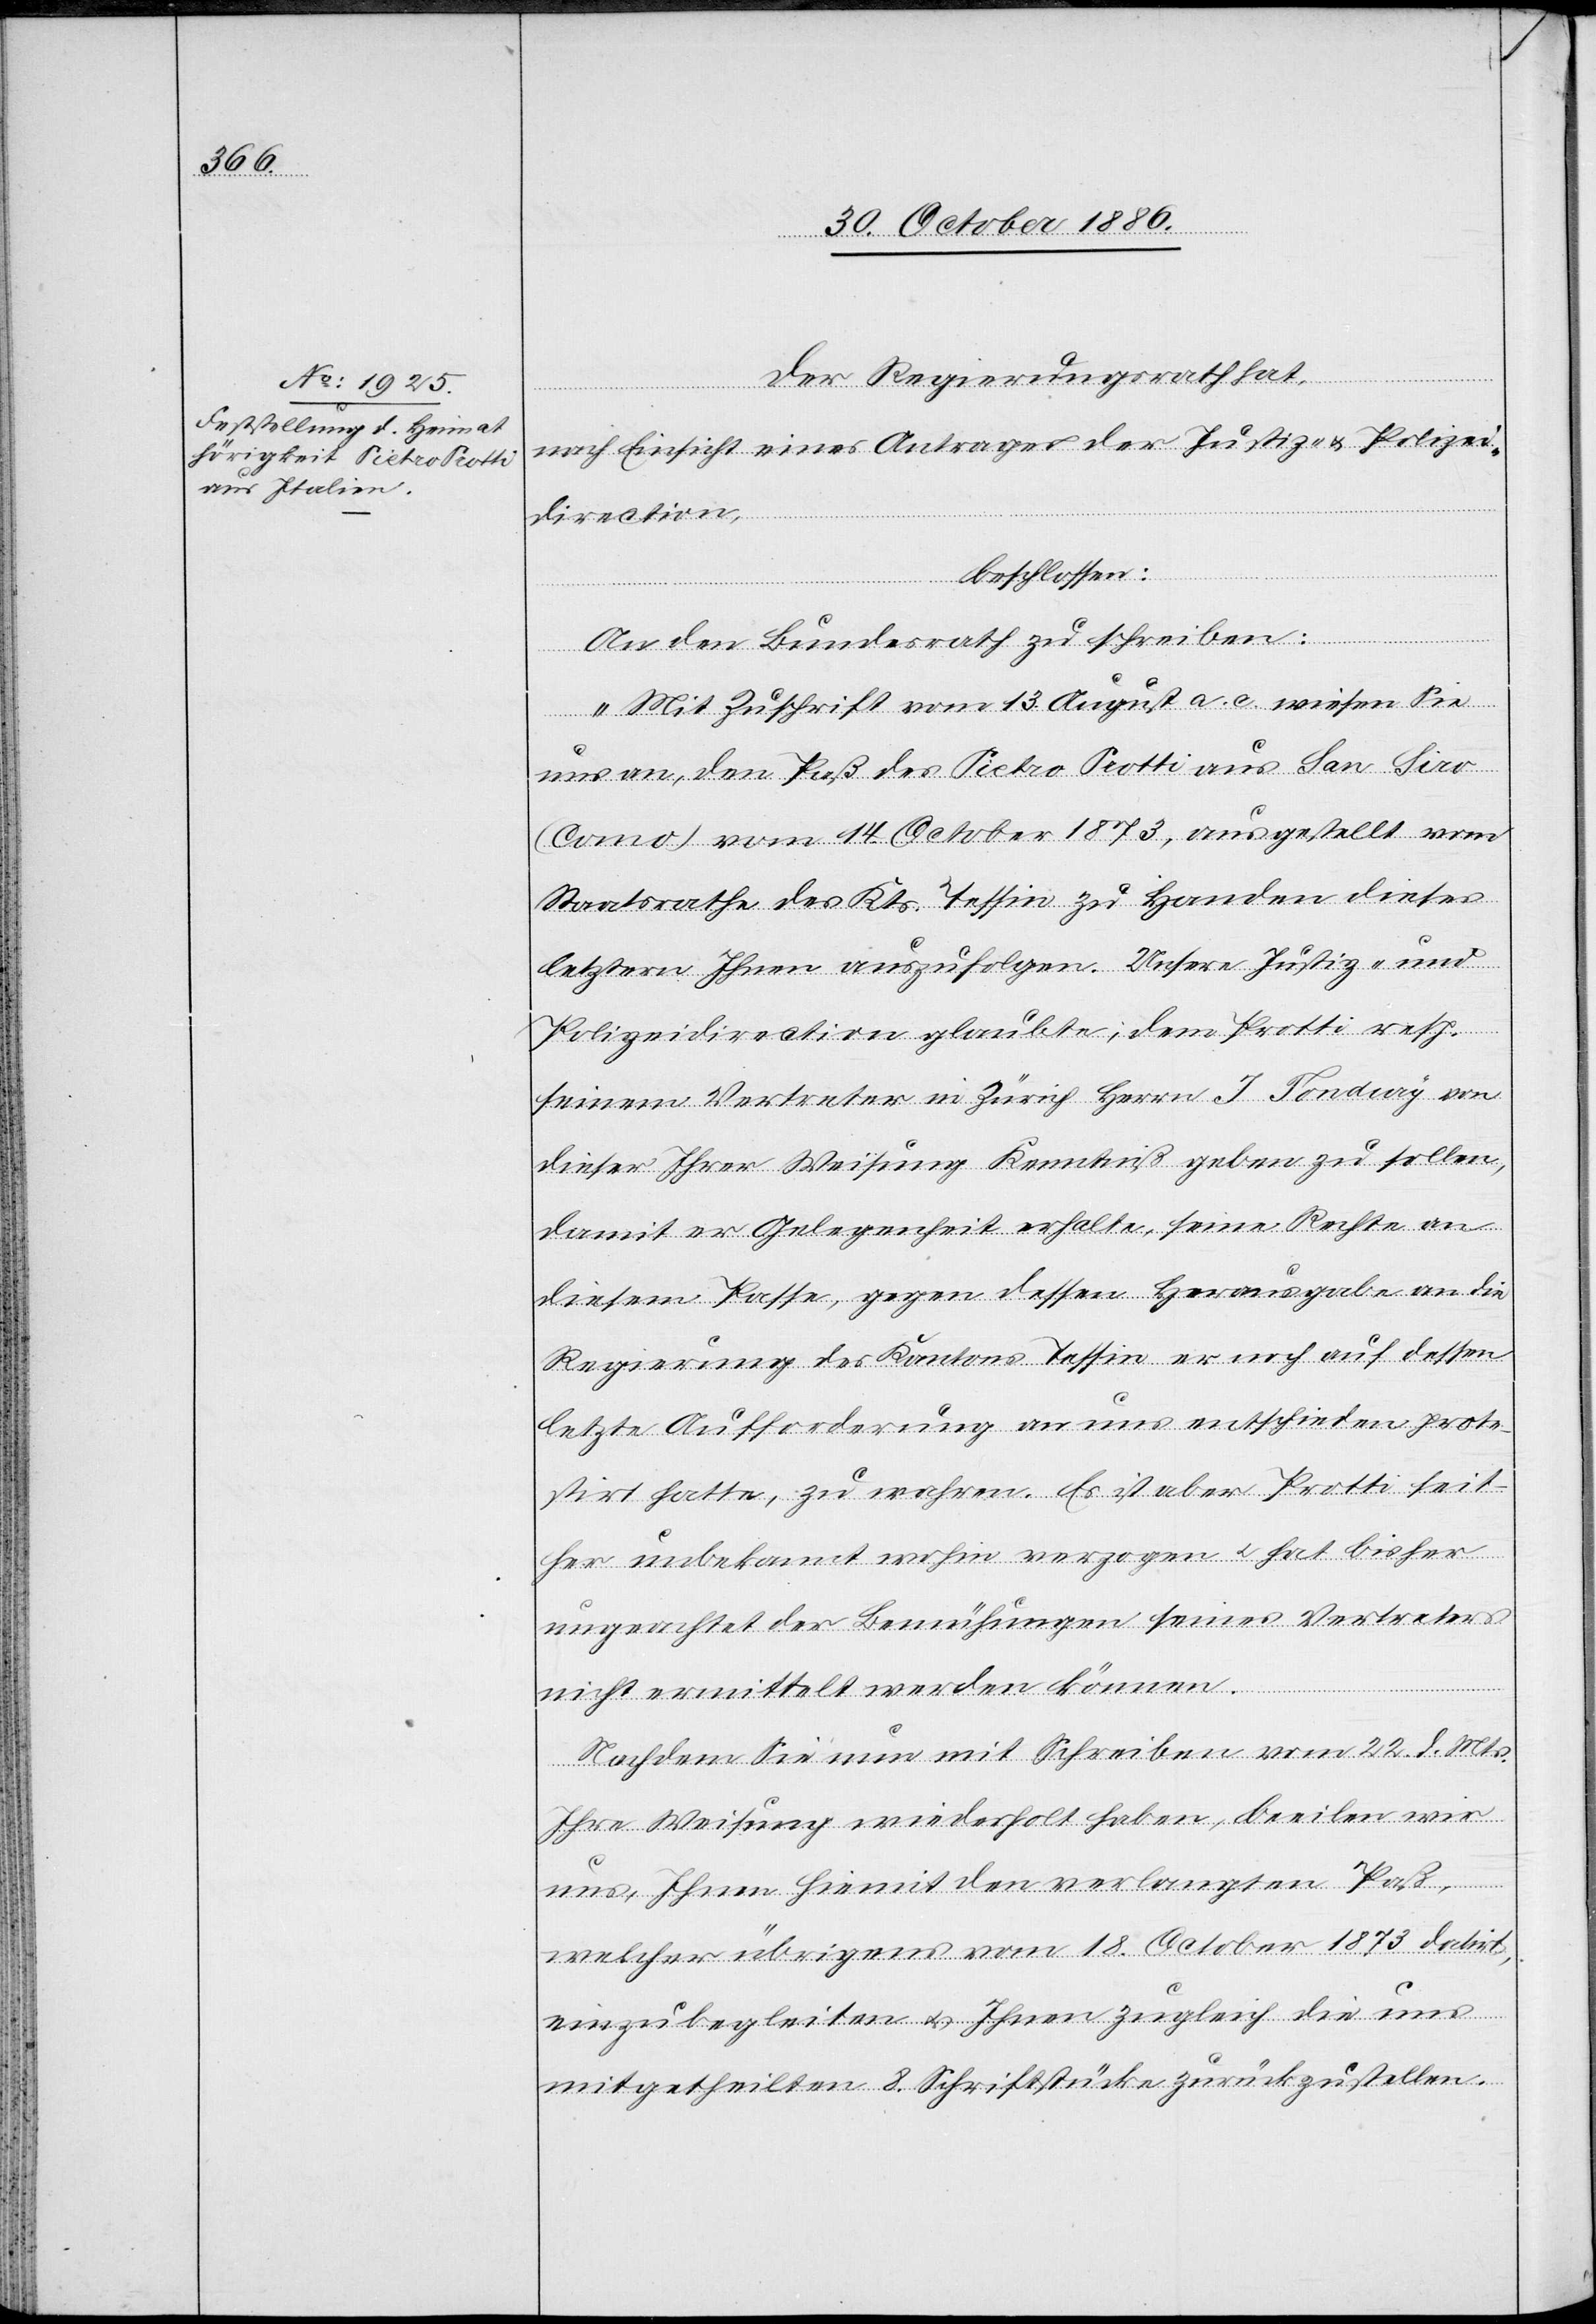
Der Regierungsrath hat,
nach Einsicht eines Antrages der Justiz- & Polizei¬
direction,
beschlossen:
An den Bundesrath zu schreiben:
„Mit Zuschrift vom 13. August a. c. wiesen Sie
uns an, den Paß des Pietro Protti aus San Siro
(Como) vom 14. October 1873, ausgestellt vom
Staatsrathe des Kts. Tessin zu Handen dieses
letztern Ihnen auszufolgen. Unsere Justiz- und
Polizeidirection glaubte, dem Protti resp.
seinem Vertreter in Zürich Herrn J. Tondury von
dieser ihrer Weisung Kenntniß geben zu sollen,
damit er Gelegenheit erhalte, seine Rechte an
diesem Passe, gegen dessen Herausgabe an die
Regierung des Kantons Tessin er noch auf dessen
letzte Aufforderung an uns entschieden prote¬
stirt hatte, zu wahren. Es ist aber Protti seit¬
her unbekannt wohin verzogen & hat bisher
ungeachtet der Bemühungen seines Vertreters
nicht ermittelt werden können.
Nachdem Sie nun mit Schreiben vom 22. d. Mts.
Ihre Weisung wiederholt haben, beeilen wir
uns, Ihnen hiemit den verlangten Paß,
welcher übrigens vom 18. October 1873 datirt,
einzubegleiten & Ihnen zugleich die uns
mitgetheilten 8. Schriftstücke zurückzustellen.